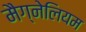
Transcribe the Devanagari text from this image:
मैग्नेलियम